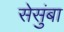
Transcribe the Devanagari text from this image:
सेसुंबा